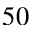
5 0